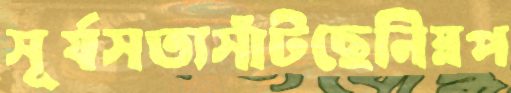
সূর্যসত্যসাঁটছেনিম্নপ